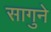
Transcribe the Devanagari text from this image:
सागुने